Indian journal of veterinary science and animal husbandry - Volumes 22-23, 1952-1953
Year: 1952
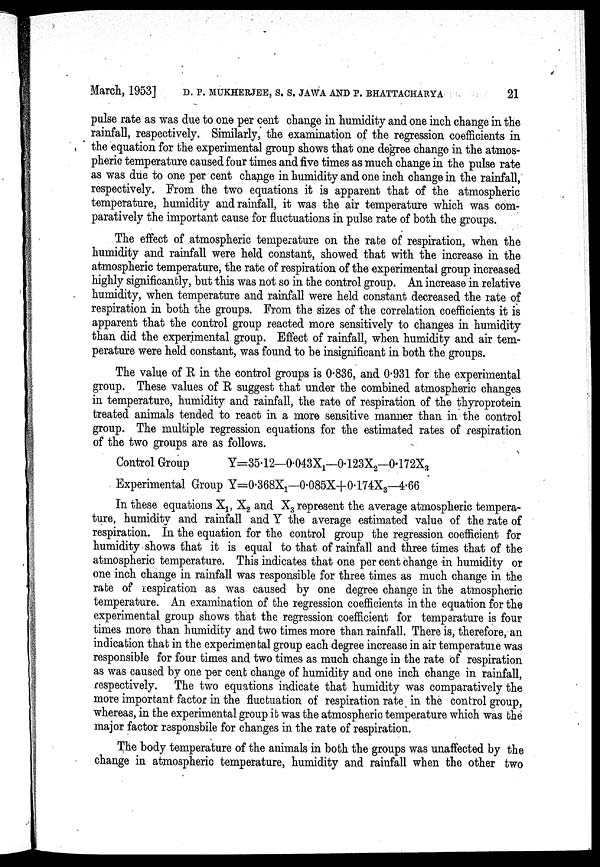
March, 1953] D. P. MUKHERJEE, S. S. JAWA AND P. BHATTACHARYA 21
pulse rate as was due to one per cent change in humidity and one inch change in the
rainfall, respectively. Similarly, the examination of the regression coefficients in
the equation for the experimental group shows that one degree change in the atmos-
pheric temperature caused four times and five times as much change in the pulse rate
as was due to one per cent change in humidity and one inch change in the rainfall,
respectively. From the two equations it is apparent that of the atmospheric
temperature, humidity and rainfall, it was the air temperature which was com-
paratively the important cause for fluctuations in pulse rate of both the groups.
The effect of atmospheric temperature on the rate of respiration, when the
humidity and rainfall were held constant, showed that with the increase in the
atmospheric temperature, the rate of respiration of the experimental group increased
highly significantly, but this was not so in the control group. An increase in relative
humidity, when temperature and rainfall were held constant decreased the rate of
respiration in both the groups. From the sizes of the correlation coefficients it is
apparent that the control group reacted more sensitively to changes in humidity
than did the experimental group. Effect of rainfall, when humidity and air tem-
perature were held constant, was found to be insignificant in both the groups.
The value of R in the control groups is 0.836, and 0.931 for the experimental
group. These values of R suggest that under the combined atmospheric changes
in temperature, humidity and rainfall, the rate of respiration of the thyroprotein
treated animals tended to react in a more sensitive manner than in the control
group. The multiple regression equations for the estimated rates of respiration
of the two groups are as follows.
Control Group
Y=35.12—0.043X 1 —0.123X 2 —0.172X 3
Experimental Group Y=0.368X 1 —0.085X+0.174X 3 —4.66
In these equations X 1 , X 2 and X 3 represent the average atmospheric tempera-
ture, humidity and rainfall and Y the average estimated value of the rate of
respiration. In the equation for the control group the regression coefficient for
humidity shows that it is equal to that of rainfall and three times that of the
atmospheric temperature. This indicates that one per cent change in humidity or
one inch change in rainfall was responsible for three times as much change in the
rate of respiration as was caused by one degree change in the atmospheric
temperature. An examination of the regression coefficients in the equation for the
experimental group shows that the regression coefficient for temperature is four
times more than humidity and two times more than rainfall. There is, therefore, an
indication that in the experimental group each degree increase in air temperature was
responsible for four times and two times as much change in the rate of respiration
as was caused by one per cent change of humidity and one inch change in rainfall,
respectively. The two equations indicate that humidity was comparatively the
more important factor in the fluctuation of respiration rate in the control group,
whereas, in the experimental group it was the atmospheric temperature which was the
major factor responsbile for changes in the rate of respiration.
The body temperature of the animals in both the groups was unaffected by the
change in atmospheric temperature, humidity and rainfall when the other two